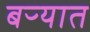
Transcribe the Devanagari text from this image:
बऱ्यात